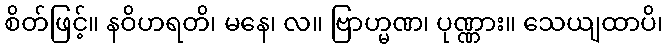
စိတ်ဖြင့်။ နဝိဟရတိ၊ မနေ၊ လ။ ဗြာဟ္မဏ၊ ပုဏ္ဏား။ သေယျထာပိ၊